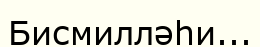
Бисмилләһи...